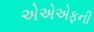
એએએફની